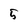
Character: 5